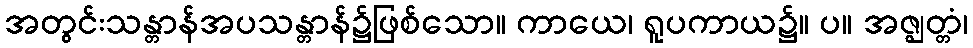
အတွင်းသန္တာန်အပသန္တာန်၌ဖြစ်သော။ ကာယေ၊ ရူပကာယ၌။ ပ။ အဇ္ဈတ္တံ၊